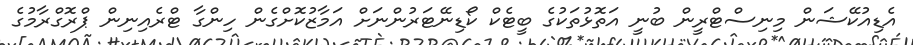
އެޑިއުކޭޝަން މިނިސްޓްރީން ބުނީ އަތޮޅުތަކުގެ ބީޓެކް ކޯޑިނޭޓަރުންނަށް އަމާޒުކޮށްގެން ހިންގާ ޓްރެއިނިން ޕްރޮގްރާމުގެ